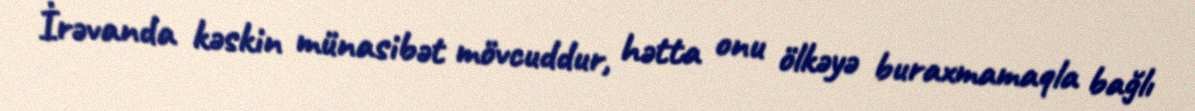
İrəvanda kəskin münasibət mövcuddur, hətta onu ölkəyə buraxmamaqla bağlı